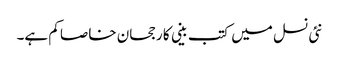
نئی نسل میں کتب بینی کا رجحان خاصا کم ہے۔